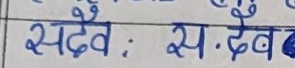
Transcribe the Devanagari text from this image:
सदैव : सः देव